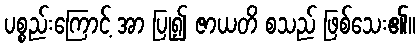
ပစ္စည်းကြောင့် အာ ပြု၍ ဇာယတိ စသည် ဖြစ်သေး၏။